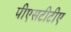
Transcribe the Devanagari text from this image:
पीएसटीटीए